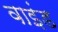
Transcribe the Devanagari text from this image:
वाइंड